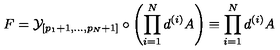
F = { \cal { Y } } _ { [ p _ { 1 } + 1 , . . . , p _ { N } + 1 ] } \circ \left( \prod _ { i = 1 } ^ { N } d ^ { ( i ) } A \right) \equiv \prod _ { i = 1 } ^ { N } d ^ { ( i ) } A